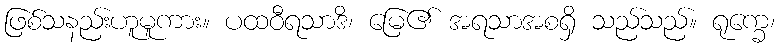
ဖြစ်သနည်းဟူမူကား။ ပထဝီရသာဒိ၊ မြေ၏ အရသာအစရှိ သည်သည်။ ရုက္ခေ၊